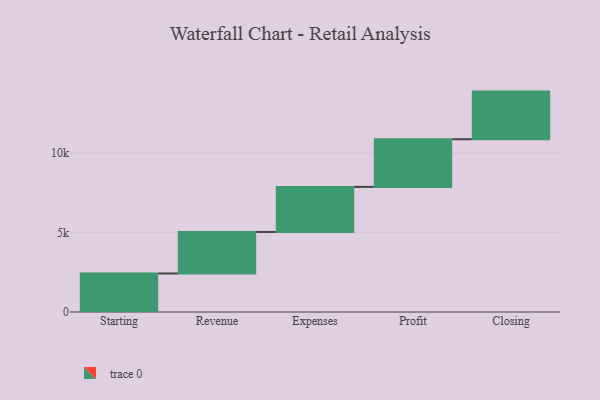
{"axis": {"x": "Step", "y": "Value"}, "legend": [""], "data": [{"x": "Starting", "y": 2425.0, "type": ""}, {"x": "Revenue", "y": 2617.0, "type": ""}, {"x": "Expenses", "y": 2837.0, "type": ""}, {"x": "Profit", "y": 3000, "type": ""}, {"x": "Closing", "y": 3000, "type": ""}]}